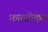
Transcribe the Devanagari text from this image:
फ़ारसीकृत